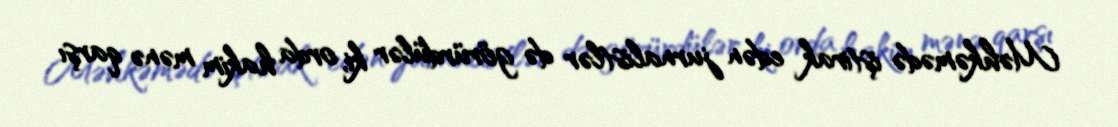
Məhkəmədə iştirak edən jurnalistlər də görürdülər ki, orda hakim mənə qarşı